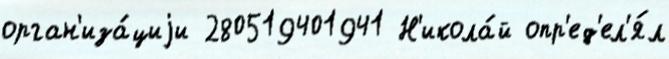
орган'иза́циjи 280519401941 Н'икола́й опр'ед'ел'я́л